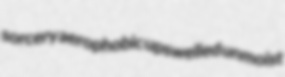
sorcery aerophobic upswelled unmoist